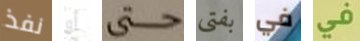
نفذ أو حتى بفتى في في